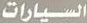
السیارات